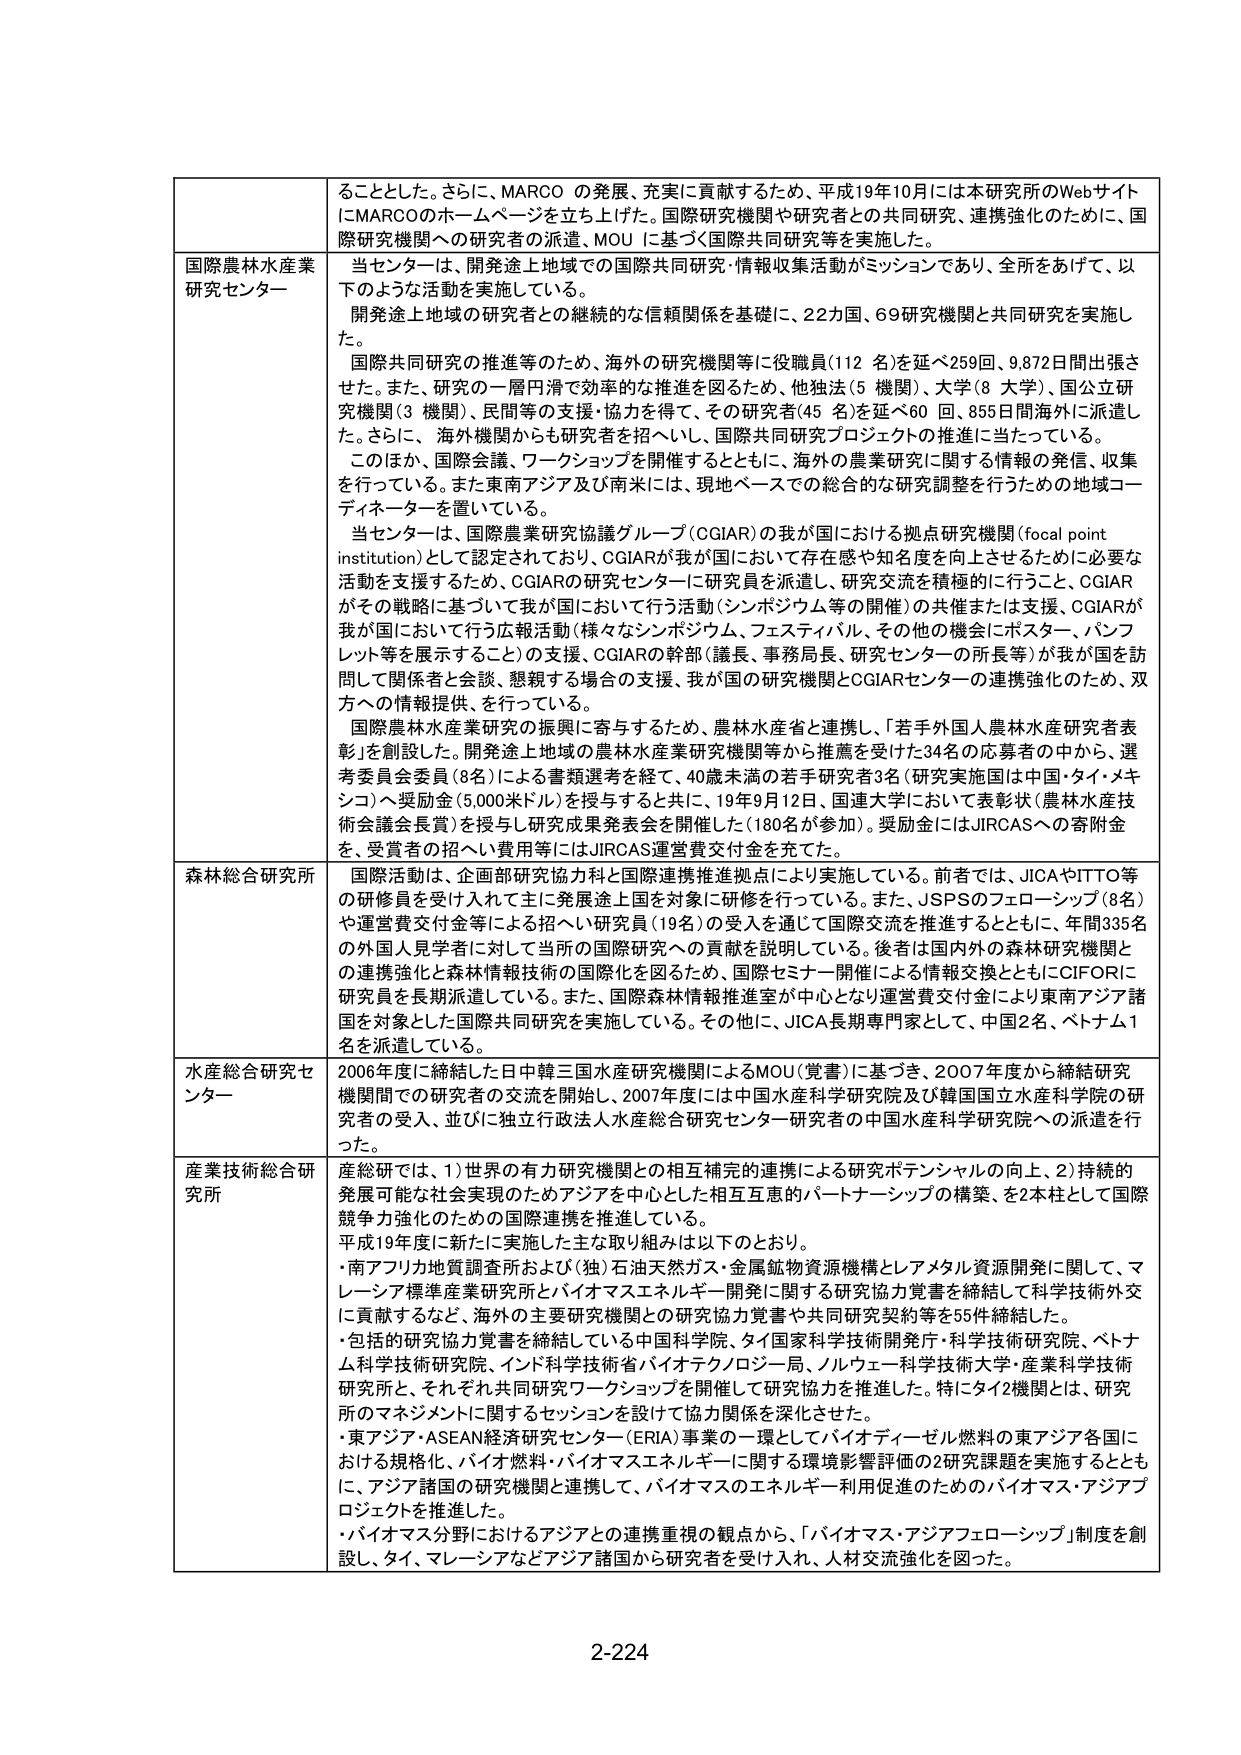
ることとした。さらに、MARCO の発展、充実に貢献するため、平成19年10月には本研究所のWebサイトにMARCOのホームページを立ち上げた。国際研究機関や研究者との共同研究、連携強化のために、国際研究機関への研究者の派遣、MOU に基づく国際共同研究等を実施した。

国際農林水産業研究センター
当センターは、開発途上地域での国際共同研究・情報収集活動がミッションであり、全所をあげて、以下のような活動を実施している。
開発途上地域の研究者との継続的な信頼関係を基礎に、22カ国、69研究機関と共同研究を実施した。
国際共同研究の推進等のため、海外の研究機関等に役職員(112 名)を延べ259回、9,872日間出張させた。また、研究の一層円滑で効率的な推進を図るため、他独法(5 機関)、大学(8 大学)、国立研究機関(3 機関)、民間等の支援・協力を得て、その研究者(45 名)を延べ60 回、855日間海外に派遣した。さらに、海外機関からも研究者を招へいし、国際共同研究プロジェクトの推進に当たっている。
このほか、国際会議、ワークショップを開催するとともに、海外の農業研究に関する情報の発信、収集を行っている。また東南アジア及び南米には、現地ベースでの総合的な研究調整を行うための地域コーディネーターを置いている。
当センターは、国際農業研究協議グループ(CGIAR)の我が国における拠点研究機関(focal point institution)として認定されており、CGIARが我が国において存在感や知名度を向上させるために必要な活動を支援するため、CGIARの研究センターに研究員を派遣し、研究交流を積極的に行うこと、CGIARがその戦略に基づいて我が国において行う活動(シンポジウム等の開催)の共催または支援、CGIARが我が国において行う広報活動(様々なシンポジウム、フェスティバル、その他の機会にポスター、パンフレット等を展示すること)の支援、CGIARの幹部(議長、事務局長、研究センターの所長等)が我が国を訪問して関係者と会談、懇親する場合の支援、我が国の研究機関とCGIARセンターの連携強化のため、双方への情報提供、を行っている。
国際農林水産業研究の振興に寄与するため、農林水産省と連携し、「若手外国人農林水産研究者表彰」を創設した。開発途上地域の農林水産業研究機関等から推薦を受けた34名の応募者の中から、選考委員会委員(8名)による書類選考を経て、40歳未満の若手研究者3名(研究実施国は中国・タイ・メキシコ)へ奨励金(5,000米ドル)を授与すると共に、19年9月12日、国連大学において表彰式(農林水産技術会議会長賞)を授与し研究成果発表会を開催した(180名が参加)。奨励金にはJIRCASへの寄附金を、受賞者の招へい費用等にはJIRCAS運営費交付金を充てた。

森林総合研究所
国際活動は、企画部研究協力科と国際連携推進拠点により実施している。前者では、JICAやITTO等の研修員を受け入れて主に発展途上国を対象に研修を行っている。また、JSPSのフェローシップ(8名)や運営費交付金等による招へい研究員(19名)の受入を通じて国際交流を推進するとともに、年間335名の外国人見学者に対して当所の国際研究への貢献を説明している。後者は国内外の森林研究機関との連携強化と森林情報技術の国際化を図るため、国際セミナー開催による情報交換とともにCIFORに研究員を長期派遣している。また、国際森林情報推進室が中心となり運営費交付金により東南アジア諸国を対象とした国際共同研究を実施している。その他に、JICA長期専門家として、中国2名、ベトナム1名を派遣している。

水産総合研究センター
2006年度に締結した日中韓三国水産研究機関によるMOU(覚書)に基づき、2007年度から締結研究機関間での研究者の交流を開始し、2007年度には中国水産科学研究院及び韓国国立水産科学院の研究者の受入、並びに独立行政法人水産総合研究センター研究者の中国水産科学研究院への派遣を行った。

産業技術総合研究所
産総研では、1)世界の有力研究機関との相互補完的連携による研究ポテンシャルの向上、2)持続的発展可能な社会実現のためアジアを中心とした相互互恵的パートナーシップの構築、を2本柱として国際競争力強化のための国際連携を推進している。
平成19年度に新たに実施した主な取り組みは以下のとおり。
・南アフリカ地質調査所および(独)石油天然ガス・金属鉱物資源機構とレアメタル資源開発に関して、マレーシア標準産業研究所とバイオマスエネルギー開発に関する研究協力覚書を締結して科学技術外交に貢献するなど、海外の主要研究機関との研究協力覚書や共同研究契約等を55件締結した。
・包括的研究協力覚書を締結している中国科学院、タイ国家科学技術開発院・科学技術研究院、ベトナム科学技術研究院、インド科学技術省バイオテクノロジー局、ノルウェー科学技術大学・産業科学技術研究所と、それぞれ共同研究ワークショップを開催して研究協力を推進した。特にタイ2機関とは、研究所のマネジメントに関するセッションを設けて協力関係を深化させた。
・東アジア・ASEAN経済研究センター(ERIA)事業の一環としてバイオディーゼル燃料の東アジア各国における規格化、バイオ燃料・バイオマスエネルギーに関する環境影響評価の2研究課題を実施するとともに、アジア諸国の研究機関と連携して、バイオマスのエネルギー利用促進のためのバイオマス・アジアプロジェクトを推進した。
・バイオマス分野におけるアジアとの連携重視の観点から、「バイオマス・アジアフェローシップ」制度を創設し、タイ、マレーシアなどアジア諸国から研究者を受け入れ、人材交流強化を図った。

2-224